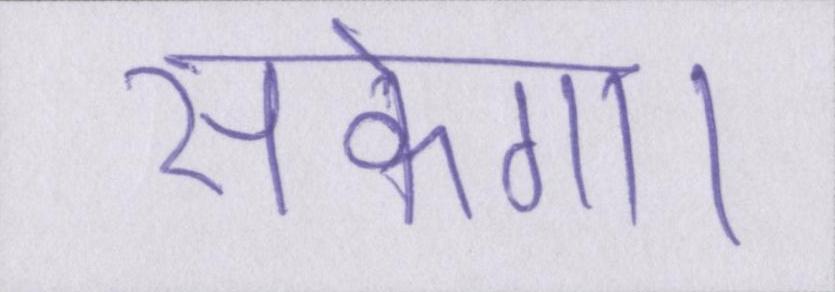
सकेगा।